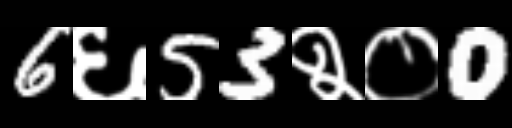
Text: 6६53२०0